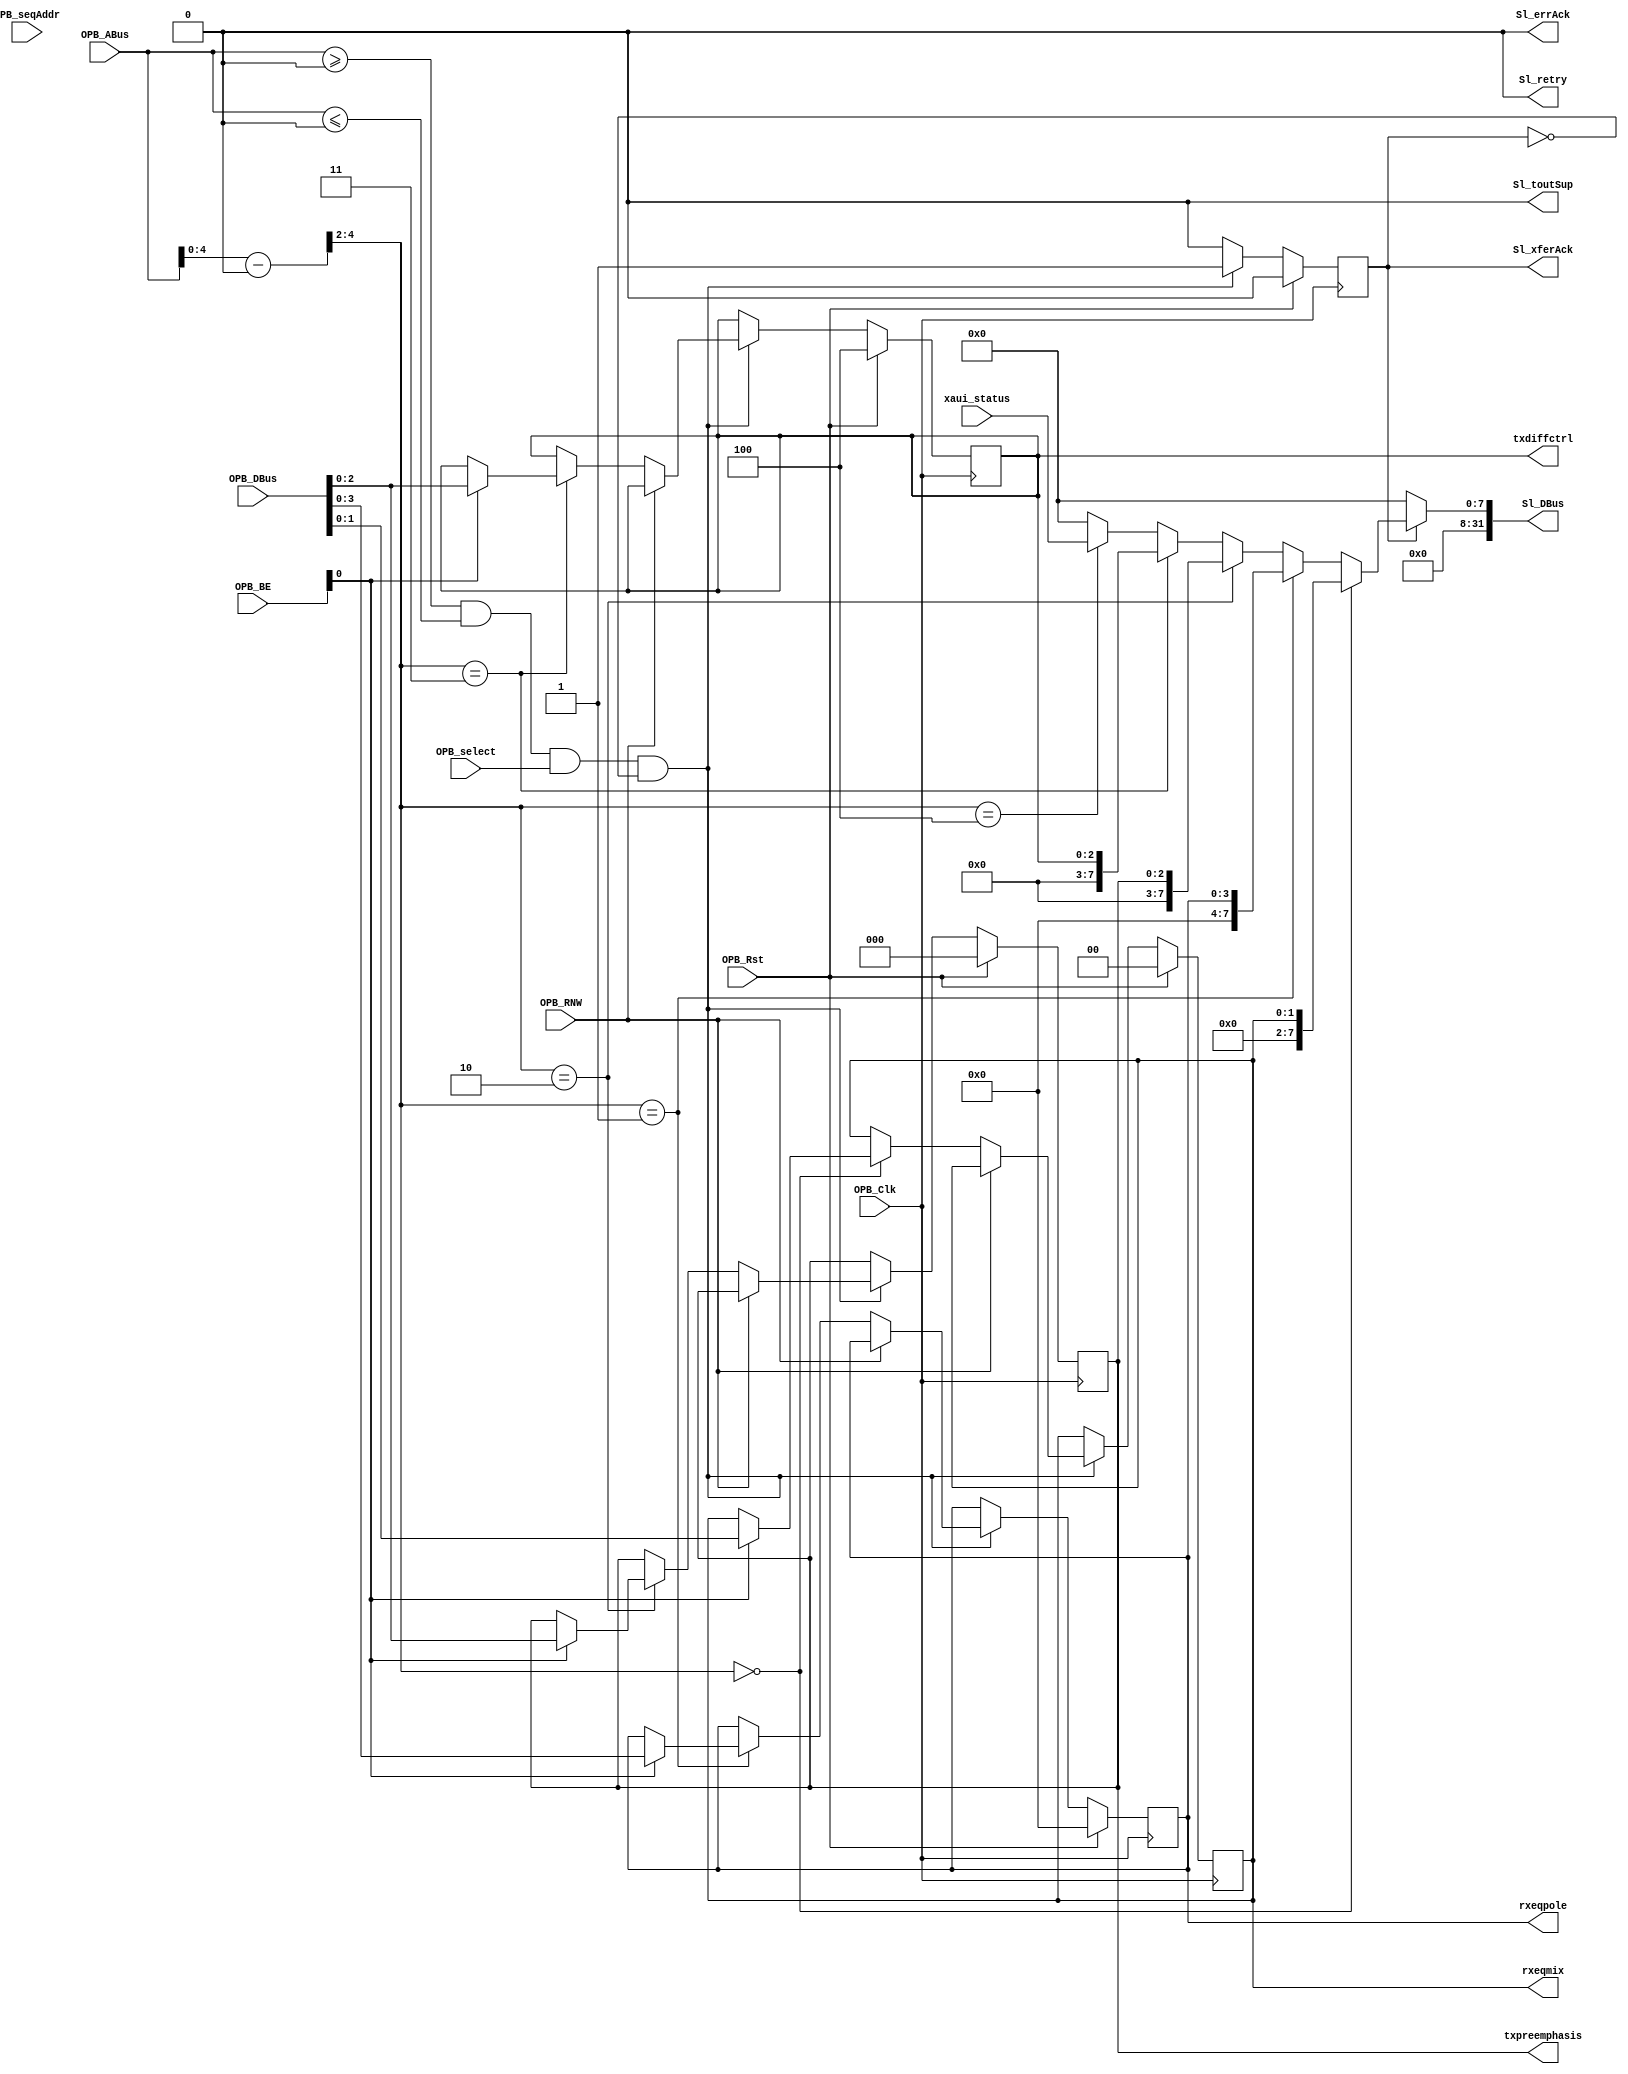
module opb_attach(
    OPB_Clk,
    OPB_Rst,
    Sl_DBus,
    Sl_errAck,
    Sl_retry,
    Sl_toutSup,
    Sl_xferAck,
    OPB_ABus,
    OPB_BE,
    OPB_DBus,
    OPB_RNW,
    OPB_select,
    OPB_seqAddr,

    rxeqmix,
    rxeqpole,
    txpreemphasis,
    txdiffctrl,
    xaui_status
  );
  parameter C_BASEADDR = 0;
  parameter C_HIGHADDR = 0;

  input  OPB_Clk, OPB_Rst;
  output [0:31] Sl_DBus;
  output Sl_errAck;
  output Sl_retry;
  output Sl_toutSup;
  output Sl_xferAck;
  input  [0:31] OPB_ABus;
  input  [0:3]  OPB_BE;
  input  [0:31] OPB_DBus;
  input  OPB_RNW;
  input  OPB_select;
  input  OPB_seqAddr;

  output [1:0] rxeqmix;
  output [3:0] rxeqpole;
  output [2:0] txpreemphasis;
  output [2:0] txdiffctrl;
  input  [7:0] xaui_status;

  assign Sl_toutSup = 1'b0;
  assign Sl_retry   = 1'b0;
  assign Sl_errAck  = 1'b0;

  wire a_match = OPB_ABus >= C_BASEADDR && OPB_ABus <= C_HIGHADDR;
  wire [31:0] a_trans = OPB_ABus - C_BASEADDR;

  localparam REG_RXEQMIX    = 0;
  localparam REG_RXEQPOLE   = 1;
  localparam REG_TXPREEMPH  = 2;
  localparam REG_TXDIFFCTRL = 3;
  localparam REG_STATUS     = 4;

  reg Sl_xferAck;

  reg [1:0] rxeqmix;
  reg [3:0] rxeqpole;
  reg [2:0] txpreemphasis;
  reg [2:0] txdiffctrl;

  always @(posedge OPB_Clk) begin
    Sl_xferAck <= 1'b0;

    if (OPB_Rst) begin
      rxeqmix        <= 2'b00;
      rxeqpole       <= 4'b0000;
      txpreemphasis  <= 3'b000;
      txdiffctrl     <= 3'b100;
    end else begin
      if (a_match && OPB_select && !Sl_xferAck) begin
        Sl_xferAck <= 1'b1;
        if (!OPB_RNW) begin
          case (a_trans[4:2])
            REG_RXEQMIX: begin
              if (OPB_BE[3])
                rxeqmix <= OPB_DBus[30:31];
            end
            REG_RXEQPOLE: begin
              if (OPB_BE[3])
                rxeqpole <= OPB_DBus[28:31];
            end
            REG_TXPREEMPH: begin
              if (OPB_BE[3])
                txpreemphasis <= OPB_DBus[29:31];
            end
            REG_TXDIFFCTRL: begin
              if (OPB_BE[3])
                txdiffctrl <= OPB_DBus[29:31];
            end
          endcase
        end
      end
    end
  end

  wire [31:0] Sl_DBus_int = a_trans[4:2] == REG_RXEQMIX    ? {30'b0, rxeqmix} :
                            a_trans[4:2] == REG_RXEQPOLE   ? {28'b0, rxeqpole} :
                            a_trans[4:2] == REG_TXPREEMPH  ? {29'b0, txpreemphasis} :
                            a_trans[4:2] == REG_TXDIFFCTRL ? {29'b0, txdiffctrl}:
                            a_trans[4:2] == REG_STATUS     ? {24'b0, xaui_status}:
                                            32'b0;

  assign Sl_DBus = Sl_xferAck ? Sl_DBus_int : 32'b0;

endmodule